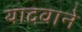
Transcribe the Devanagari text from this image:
यादवाने